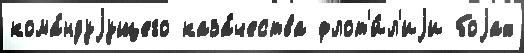
кома́ндуjущего каза́чества флот'и́л'иjи боjах